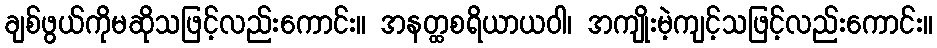
ချစ်ဖွယ်ကိုမဆိုသဖြင့်လည်းကောင်း။ အနတ္ထစရိယာယဝါ၊ အကျိုးမဲ့ကျင့်သဖြင့်လည်းကောင်း။